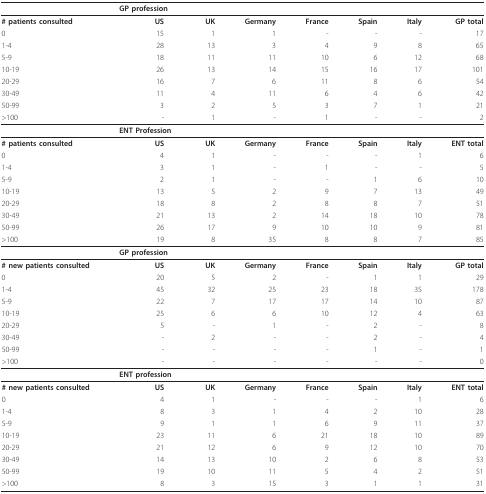
<table><thead><tr><td></td><td colspan="2"><b>GP profession</b></td><td></td><td></td><td></td><td></td><td></td></tr></thead><tbody><tr><td><b># patients consulted</b></td><td><b>US</b></td><td><b>UK</b></td><td><b>Germany</b></td><td><b>France</b></td><td><b>Spain</b></td><td><b>Italy</b></td><td><b>GP total</b></td></tr><tr><td>0</td><td>15</td><td>1</td><td>1</td><td>-</td><td>-</td><td>-</td><td>17</td></tr><tr><td>1-4</td><td>28</td><td>13</td><td>3</td><td>4</td><td>9</td><td>8</td><td>65</td></tr><tr><td>5-9</td><td>18</td><td>11</td><td>11</td><td>10</td><td>6</td><td>12</td><td>68</td></tr><tr><td>10-19</td><td>26</td><td>13</td><td>14</td><td>15</td><td>16</td><td>17</td><td>101</td></tr><tr><td>20-29</td><td>16</td><td>7</td><td>6</td><td>11</td><td>8</td><td>6</td><td>54</td></tr><tr><td>30-49</td><td>11</td><td>4</td><td>11</td><td>6</td><td>4</td><td>6</td><td>42</td></tr><tr><td>50-99</td><td>3</td><td>2</td><td>5</td><td>3</td><td>7</td><td>1</td><td>21</td></tr><tr><td>&gt;100</td><td>-</td><td>1</td><td>-</td><td>1</td><td>-</td><td>-</td><td>2</td></tr><tr><td></td><td colspan="3"><b>ENT Profession</b></td><td></td><td></td><td></td><td></td></tr><tr><td><b># patients consulted</b></td><td><b>US</b></td><td><b>UK</b></td><td><b>Germany</b></td><td><b>France</b></td><td><b>Spain</b></td><td><b>Italy</b></td><td><b>ENT total</b></td></tr><tr><td>0</td><td>4</td><td>1</td><td>-</td><td>-</td><td>-</td><td>1</td><td>6</td></tr><tr><td>1-4</td><td>3</td><td>1</td><td>-</td><td>1</td><td>-</td><td>-</td><td>5</td></tr><tr><td>5-9</td><td>2</td><td>1</td><td>-</td><td>-</td><td>1</td><td>6</td><td>10</td></tr><tr><td>10-19</td><td>13</td><td>5</td><td>2</td><td>9</td><td>7</td><td>13</td><td>49</td></tr><tr><td>20-29</td><td>18</td><td>8</td><td>2</td><td>8</td><td>8</td><td>7</td><td>51</td></tr><tr><td>30-49</td><td>21</td><td>13</td><td>2</td><td>14</td><td>18</td><td>10</td><td>78</td></tr><tr><td>50-99</td><td>26</td><td>17</td><td>9</td><td>10</td><td>10</td><td>9</td><td>81</td></tr><tr><td>&gt;100</td><td>19</td><td>8</td><td>35</td><td>8</td><td>8</td><td>7</td><td>85</td></tr><tr><td></td><td colspan="3"><b>GP profession</b></td><td></td><td></td><td></td><td></td></tr><tr><td><b># new patients consulted</b></td><td><b>US</b></td><td><b>UK</b></td><td><b>Germany</b></td><td><b>France</b></td><td><b>Spain</b></td><td><b>Italy</b></td><td><b>GP total</b></td></tr><tr><td>0</td><td>20</td><td>5</td><td>2</td><td>-</td><td>1</td><td>1</td><td>29</td></tr><tr><td>1-4</td><td>45</td><td>32</td><td>25</td><td>23</td><td>18</td><td>35</td><td>178</td></tr><tr><td>5-9</td><td>22</td><td>7</td><td>17</td><td>17</td><td>14</td><td>10</td><td>87</td></tr><tr><td>10-19</td><td>25</td><td>6</td><td>6</td><td>10</td><td>12</td><td>4</td><td>63</td></tr><tr><td>20-29</td><td>5</td><td>-</td><td>1</td><td>-</td><td>2</td><td>-</td><td>8</td></tr><tr><td>30-49</td><td>-</td><td>2</td><td>-</td><td>-</td><td>2</td><td>-</td><td>4</td></tr><tr><td>50-99</td><td>-</td><td>-</td><td>-</td><td>-</td><td>1</td><td>-</td><td>1</td></tr><tr><td>&gt;100</td><td>-</td><td>-</td><td>-</td><td>-</td><td>-</td><td>-</td><td>0</td></tr><tr><td></td><td colspan="3"><b>ENT profession</b></td><td></td><td></td><td></td><td></td></tr><tr><td><b># new patients consulted</b></td><td><b>US</b></td><td><b>UK</b></td><td><b>Germany</b></td><td><b>France</b></td><td><b>Spain</b></td><td><b>Italy</b></td><td><b>ENT total</b></td></tr><tr><td>0</td><td>4</td><td>1</td><td>-</td><td>-</td><td>-</td><td>1</td><td>6</td></tr><tr><td>1-4</td><td>8</td><td>3</td><td>1</td><td>4</td><td>2</td><td>10</td><td>28</td></tr><tr><td>5-9</td><td>9</td><td>1</td><td>1</td><td>6</td><td>9</td><td>11</td><td>37</td></tr><tr><td>10-19</td><td>23</td><td>11</td><td>6</td><td>21</td><td>18</td><td>10</td><td>89</td></tr><tr><td>20-29</td><td>21</td><td>12</td><td>6</td><td>9</td><td>12</td><td>10</td><td>70</td></tr><tr><td>30-49</td><td>14</td><td>13</td><td>10</td><td>2</td><td>6</td><td>8</td><td>53</td></tr><tr><td>50-99</td><td>19</td><td>10</td><td>11</td><td>5</td><td>4</td><td>2</td><td>51</td></tr><tr><td>&gt;100</td><td>8</td><td>3</td><td>15</td><td>3</td><td>1</td><td>1</td><td>31</td></tr></tbody></table>